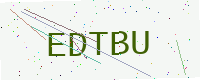
Text: EDTBU